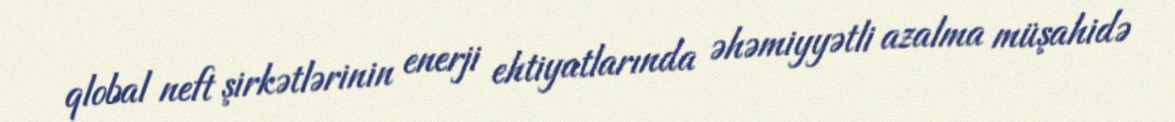
qlobal neft şirkətlərinin enerji ehtiyatlarında əhəmiyyətli azalma müşahidə